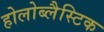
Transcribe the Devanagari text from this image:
होलोब्लैस्टिक